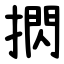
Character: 㨛